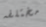
مختلفه